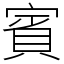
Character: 賓